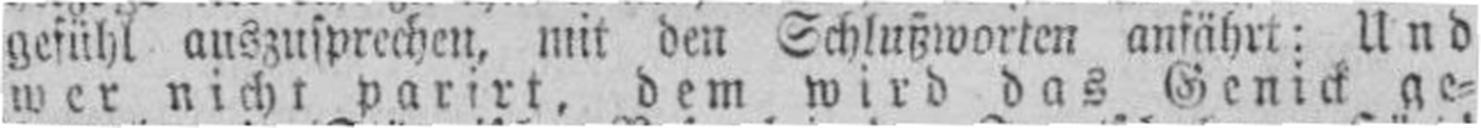
wer nicht parirt, dem wird das Genick ge¬